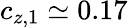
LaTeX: c_{z,1}\simeq 0.17